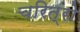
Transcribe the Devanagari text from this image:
चरित्रो